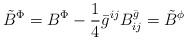
LaTeX: \begin{align*}{\tilde{B}}^{\Phi}= {B}^{\Phi} - \frac{1}{4} {\bar{g}}^{ij} B^{\bar{g}}_{ij} = {\tilde{B}}^{\phi}\end{align*}